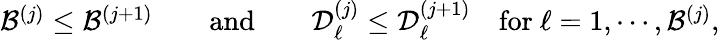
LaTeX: \begin{array}{r}{\mathcal{B}^{(j)}\leq\mathcal{B}^{(j+1)}\qquad\mathrm{and}\qquad\mathcal{D}_{\ell}^{(j)}\leq\mathcal{D}_{\ell}^{(j+1)}\quad\mathrm{for}~\ell=1,\cdots,\mathcal{B}^{(j)},}\end{array}